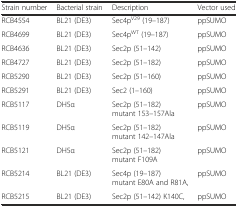
<table><thead><tr><td><b>Strain number</b></td><td><b>Bacterial strain</b></td><td><b>Description</b></td><td><b>Vector used</b></td></tr></thead><tbody><tr><td>RCB4554</td><td>BL21 (DE3)</td><td>Sec4p<sup>V29</sup> (19–187)</td><td>ppSUMO</td></tr><tr><td>RCB4699</td><td>BL21 (DE3)</td><td>Sec4p<sup>WT</sup> (19–187)</td><td>ppSUMO</td></tr><tr><td>RCB4636</td><td>BL21 (DE3)</td><td>Sec2p (51–142)</td><td>ppSUMO</td></tr><tr><td>RCB4727</td><td>BL21 (DE3)</td><td>Sec2p (51–182)</td><td>ppSUMO</td></tr><tr><td>RCB5290</td><td>BL21 (DE3)</td><td>Sec2p (51–160)</td><td>ppSUMO</td></tr><tr><td>RCB5291</td><td>BL21 (DE3)</td><td>Sec2 (1–160)</td><td>ppSUMO</td></tr><tr><td>RCB5117</td><td>DH5α</td><td>Sec2p (51–182) mutant 153–157Ala</td><td>ppSUMO</td></tr><tr><td>RCB5119</td><td>DH5α</td><td>Sec2p (51–182) mutant 142–147Ala</td><td>ppSUMO</td></tr><tr><td>RCB5121</td><td>DH5α</td><td>Sec2p (51–182) mutant F109A</td><td>ppSUMO</td></tr><tr><td>RCB5214</td><td>BL21 (DE3)</td><td>Sec4p (19–187) mutant E80A and R81A,</td><td>ppSUMO</td></tr><tr><td>RCB5215</td><td>BL21 (DE3)</td><td>Sec2p (51–142) K140C,</td><td>ppSUMO</td></tr></tbody></table>